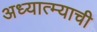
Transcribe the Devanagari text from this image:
अध्यात्म्याची